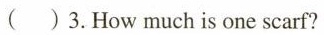
( )3.How much is one scarf?